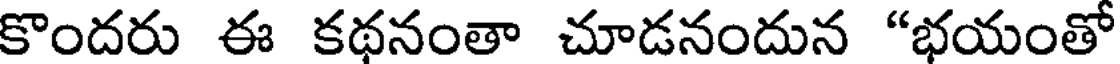
కొందరు ఈ కథనంతా చూడనందున "భయంతో